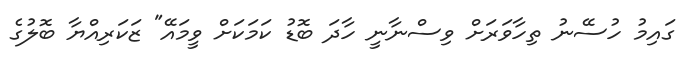
ގައިމު ހުސޭނު ތިހާވަރަށް ވިސްނާނީ ހާދަ ބޮޑު ކަމަކަށް ވީމައޭ" ޒަކަރިއްޔާ ބޮލުގެ